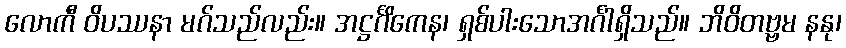
လောကီ ဝိပဿနာ မဂ်သည်လည်း။ အဋ္ဌင်္ဂိကေန၊ ရှစ်ပါးသောအင်္ဂါရှိသည်။ ဘိဝိတဗ္ဗမ နနု၊